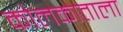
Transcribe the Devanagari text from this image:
कोलकाताला